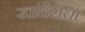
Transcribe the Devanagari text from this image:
खांदेरीचा